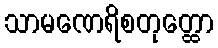
သာမဏေရိစတုတ္ထော